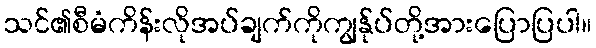
သင်၏စီမံကိန်းလိုအပ်ချက်ကိုကျွန်ုပ်တို့အားပြောပြပါ။